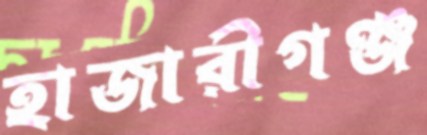
হাজারীগঞ্জ